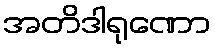
အတိဒါရုဏော